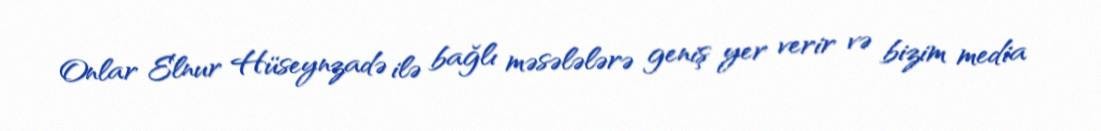
Onlar Elnur Hüseynzadə ilə bağlı məsələlərə geniş yer verir və bizim media